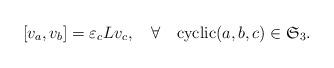
LaTeX: \begin{align*} [v_a,v_b] = \varepsilon_c Lv_c,\quad\forall\quad\mbox{cyclic}(a,b,c)\in \mathfrak{S}_3.\end{align*}